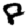
Digit: 8